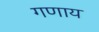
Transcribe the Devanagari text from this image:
गणाय